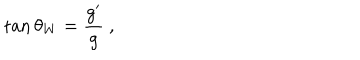
\tan \theta _ { W } = \frac { g ^ { \prime } } { g } \ ,